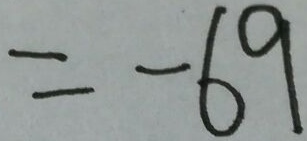
= - 6 9